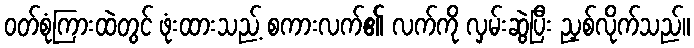
ဝတ်စုံကြားထဲတွင် ဖုံးထားသည့် စကားလက်၏ လက်ကို လှမ်းဆွဲပြီး ညှစ်လိုက်သည်။